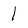
Character: l